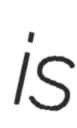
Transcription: is